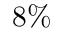
8 \%